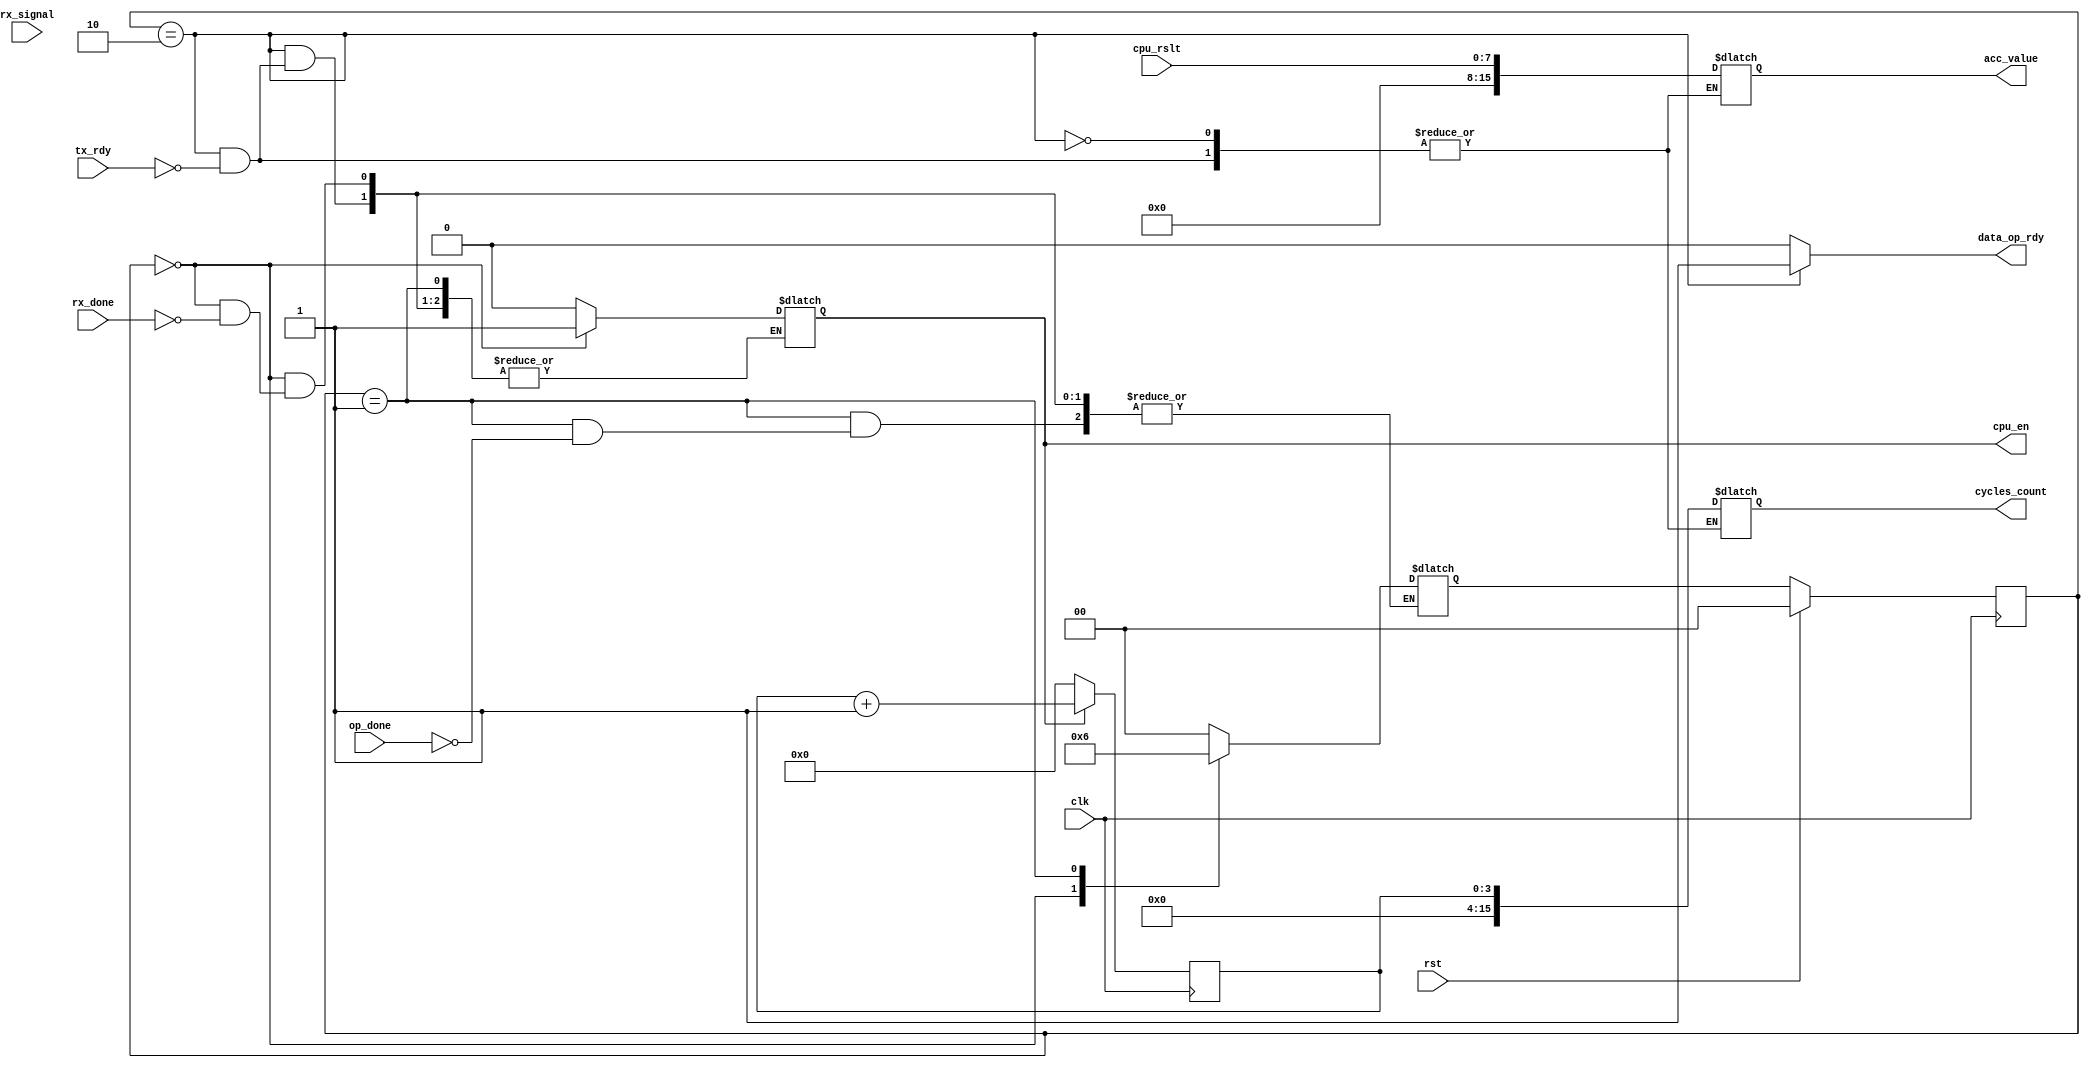
`timescale 1ns / 1ps
//////////////////////////////////////////////////////////////////////////////////
// Company: 
// Engineer: 
// 
// Design Name: 
// Module Name: combus_ic
// Project Name: 
// Target Devices: 
// Tool Versions: 
// Description: 
// 
// Dependencies: 
// 
// Revision:
// Revision 0.01 - File Created
// Additional Comments:
// 
//////////////////////////////////////////////////////////////////////////////////


module combus_ic (
    output reg cpu_en,
    output reg[15:0] acc_value,
    output reg[15:0] cycles_count,
    output reg data_op_rdy,
    input clk,
    input rst,
    input rx_done,
    input tx_rdy,
    input op_done,
    input [7:0] cpu_rslt,
    input [7:0] rx_signal
    );
    
    
    localparam [1:0]
            IDLE = 2'b00,
            BUSSY = 2'b01,
            PRINT = 2'b10;
     reg [3:0] counter;       
    // signal declaration
    reg [1:0] state, state_saved;    //ESTADOS
    
    always @(posedge clk)
    begin
        if (rst)
        begin
            state <= IDLE;
        end
        else
            state <= state_saved;
    end
    
    always @*
    begin
        state_saved <= state;
        case (state)
            IDLE:
                begin
                    data_op_rdy = 1'b0;
                    if (rx_done)
                    begin
                        cpu_en = 1'b1;
                        state_saved = BUSSY;
                    end
                end
                
            BUSSY:
                begin
                    data_op_rdy = 1'b0;
                    if (op_done)
                    begin
                        state_saved = PRINT; 
                     end                   
                end
                
            PRINT:
                begin
                    data_op_rdy = 1'b1;
                    if (tx_rdy)
                    begin
                        acc_value <= cpu_rslt;
                        cycles_count <= counter;
                        state_saved = IDLE;
                        cpu_en = 1'b0;
                    end   
                end
                
            default:
                begin
                    data_op_rdy = 1'b0;
                    cpu_en = 1'b0;
                    state_saved = IDLE;
                end
       endcase
    end
    
    always @(posedge clk)
    begin
        if(cpu_en)
            counter <= counter + 1'b1;
        else
            counter <=4'b0000;
    end
endmodule